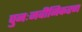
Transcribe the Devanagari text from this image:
पुनःनवीनिकरण